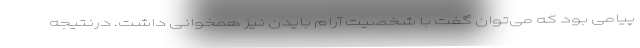
پیامی بود که می‌توان گفت با شخصیت آرام بایدن نیز همخوانی داشت. درنتیجه